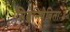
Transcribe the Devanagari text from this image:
सिद्धनिषेविताः॥